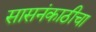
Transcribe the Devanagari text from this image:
सासनंकाठीचा